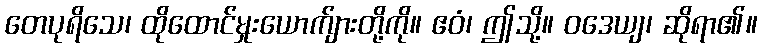
တေပုရိသေ၊ ထိုထောင်မှုးယောက်ျားတို့ကို။ ဧဝံ၊ ဤသို့။ ဝဒေယျ၊ ဆိုရာ၏။